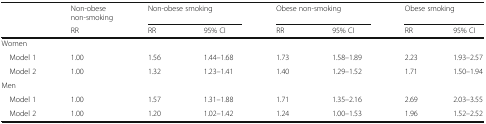
<table><thead><tr><td rowspan="2"></td><td><b>Non-obesenon-smoking</b></td><td colspan="2"><b>Non-obese smoking</b></td><td colspan="2"><b>Obese non-smoking</b></td><td colspan="2"><b>Obese smoking</b></td></tr><tr><td><b>RR</b></td><td><b>RR</b></td><td><b>95% CI</b></td><td><b>RR</b></td><td><b>95% CI</b></td><td><b>RR</b></td><td><b>95% CI</b></td></tr></thead><tbody><tr><td colspan="8">Women</td></tr><tr><td> Model 1</td><td>1.00</td><td>1.56</td><td>1.44–1.68</td><td>1.73</td><td>1.58–1.89</td><td>2.23</td><td>1.93–2.57</td></tr><tr><td> Model 2</td><td>1.00</td><td>1.32</td><td>1.23–1.41</td><td>1.40</td><td>1.29–1.52</td><td>1.71</td><td>1.50–1.94</td></tr><tr><td colspan="8">Men</td></tr><tr><td> Model 1</td><td>1.00</td><td>1.57</td><td>1.31–1.88</td><td>1.71</td><td>1.35–2.16</td><td>2.69</td><td>2.03–3.55</td></tr><tr><td> Model 2</td><td>1.00</td><td>1.20</td><td>1.02–1.42</td><td>1.24</td><td>1.00–1.53</td><td>1.96</td><td>1.52–2.52</td></tr></tbody></table>